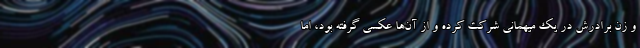
و زن برادرش در یک میهمانی شرکت کرده و از آن‌ها عکسی گرفته بود، اما